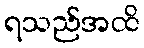
ရသည်အထိ